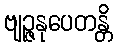
ဗျဉ္ဇနုပေတန္တိ